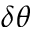
\delta \boldsymbol { \theta }